Vaccination Hyderabad 1872-1889 - 1872-1889
Year: 1872
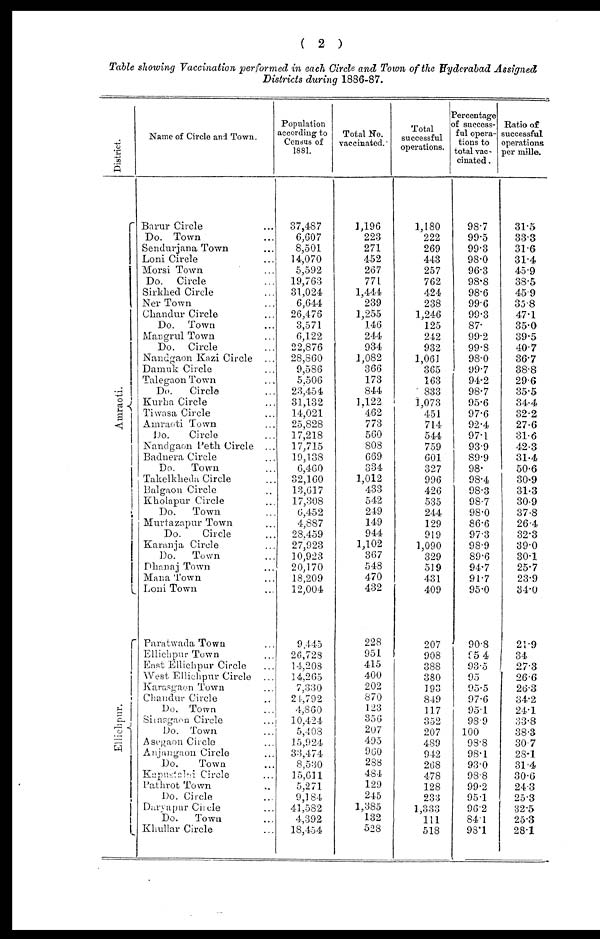
( 2 )
Table showing Vaccination performed in each Circle and Town of the Hyderabad Assigned
Districts during 1886-87.
District.
Amraoti.
Ellichpur.
Name of Circle and Town.
Barur Circle ...
Do. Town ...
Sendurjana Town ...
Loni Circle ...
Morsi Town ... ...
Do. Circle ...
Sirkhed Circle ...
Ner Town ...
Chandur Circle ...
Do. Town ...
Mangrul Town ...
Do. Circle ...
Nandgaon Kazi Circle ...
Damuk Circle ...
Talegaon Town ...
Do.
Circle ...
Kurha Circle ...
Tiwasa Circle ...
Amraoti Town ...
Do.
Circle ...
Nandgaon Peth Circle ...
Badnera Circle ...
Do.
Town ...
Takelkheda Circle ...
Balgaon Circle ...
Kholapur Circle ...
Do.
Town ...
Murtazapur Town ...
Do.
Circle ...
Karonja Circle ...
Do.
Town ...
Phanaj Town ...
Mana Town ...
Loni Town ...
Paratwada Town ...
Ellichpur Town ...
East Ellichpur Circle ...
West Ellichpur Circle ...
Karasgaon Town ...
Chandur Circle ...
Do. Town ...
Sirasgaon Circle ...
Do. Town ...
Asegaon Circle ...
Anjangaon Circle ...
Do.
Town ...
Kapustalni Circle ...
Pathrot Town ...
Do. Circle ...
Daryapur Circle ...
Do.
Town ...
Khullar Circle ...
Population
according to
Census of
1881.
37,487
6,607
8,501
14,070
5,592
19,763
31,024
6,644
26,476
3,571
6,122
22,876
28,860
9,586
5,506
23,454
31,132
14,021
25,828
17,218
17,715
19,138
6,460
32,160
13,617
17,308
6,452
4,887
28,459
27,923
10,923
20,170
18,209
12,004
9,445
26,728
14,208
14,265
7,330
24,792
4,860
10,424
5,408
15,924
33,474
8,530
15,611
5,271
9,184
41,582
4,392
18,454
Total No.
vaccinated.
1,196
223
271
452
267
771
1,444
239
1,255
146
244
934
1,082
366
173
844
1,122
462
773
560
808
669
334
1,012
433
542
249
149
944
1,102
367
548
470
432
228
951
415
400
202
870
123
356
207
495
960
288
484
129
245
1,385
132
528
Total
successful
operations.
1,180
222
269
443
257
762
424
238
1,246
125
242
932
1,061
365
163
833
1,073
451
714
544
759
601
327
996
426
535
244
129
919
1,090
329
519
431
409
207
908
388
380
193
849
117
352
207
489
942
268
478
128
233
1,333
111
518
Percentage
of success-
ful opera-
tions to
total vac-
cinated .
98.7
99.5
99.3
98.0
96.3
98.8
98.6
99.6
99.3
87.
99.2
99.8
98.0
99.7
94.2
98.7
95.6
97.6
92.4
97.1
93.9
89.9
98.
98.4
98.3
98.7
98.0
86.6
97.3
98.9
89.6
94.7
91.7
95.0
90.8
95.4
93.5
95
95.5
97.6
95.1
98.9
100
98.8
98.1
93.0
98.8
99.2
95.1
96.2
84.1
98.1
Ratio of
successful
operations
per mille.
31.5
33.3
31.6
31.4
45.9
38.5
45.9
35.8
47.1
35.0
39.5
40.7
36.7
38.8
29.6
35.5
34.4
32.2
27.6
31.6
42.3
31.4
50.6
30.9
31.3
30.9
37.8
26.4
32.3
39.0
30.1
25.7
23.9
34.0
21.9
34
27.3
26.6
26.3
34.2
24.1
33.8
38.3
30.7
28.1
31.4
30.6
24.3
25.3
32.5
25.3
28.1